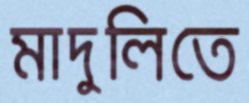
মাদুলিতে